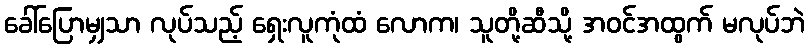
ခေါ်ပြောမျှသာ လုပ်သည့် ရှေးလူကုံထံ လောက၊ သူတို့ဆီသို့ အဝင်အထွက် မလုပ်ဘဲ